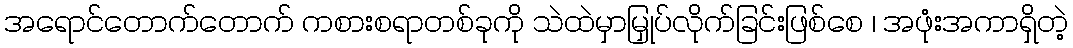
အရောင်တောက်တောက် ကစားစရာတစ်ခုကို သဲထဲမှာမြှုပ်လိုက်ခြင်းဖြစ်စေ ၊ အဖုံးအကာရှိတဲ့